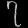
Digit: ၇